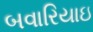
બવારિયાઇ